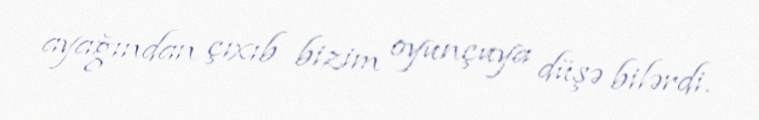
ayağından çıxıb bizim oyunçuya düşə bilərdi.